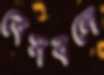
বেসবলে